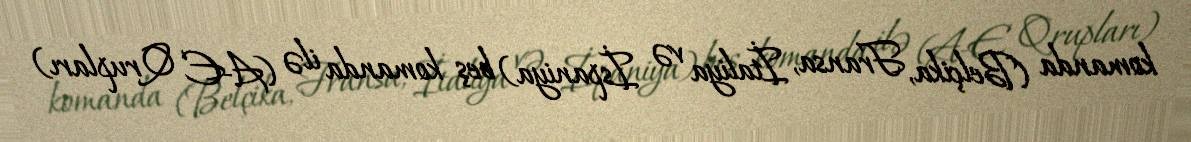
komanda (Belçika, Fransa, İtaliya və İspaniya) beş komanda ilə (A-E Qrupları)